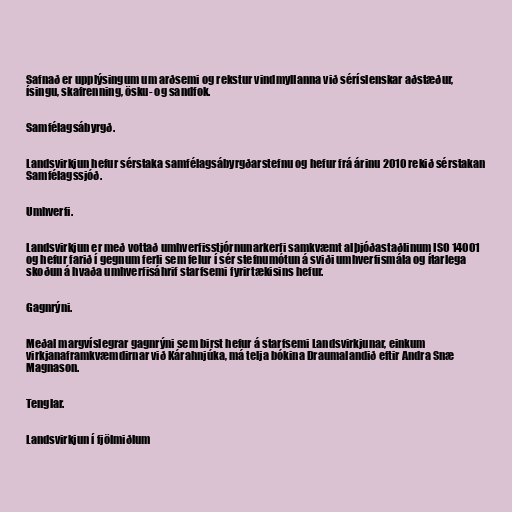
Safnað er upplýsingum um arðsemi og rekstur vindmyllanna við séríslenskar aðstæður,
ísingu, skafrenning, ösku- og sandfok.

Samfélagsábyrgð.

Landsvirkjun hefur sérstaka samfélagsábyrgðarstefnu og hefur frá árinu 2010 rekið sérstakan
Samfélagssjóð.

Umhverfi.

Landsvirkjun er með vottað umhverfisstjórnunarkerfi samkvæmt alþjóðastaðlinum ISO 14001
og hefur farið í gegnum ferli sem felur í sér stefnumótun á sviði umhverfismála og ítarlega
skoðun á hvaða umhverfisáhrif starfsemi fyrirtækisins hefur.

Gagnrýni.

Meðal margvíslegrar gagnrýni sem birst hefur á starfsemi Landsvirkjunar, einkum
virkjanaframkvæmdirnar við Kárahnjúka, má telja bókina Draumalandið eftir Andra Snæ
Magnason.

Tenglar.

Landsvirkjun í fjölmiðlum